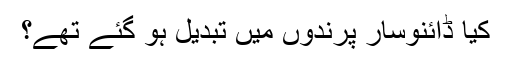
کیا ڈائنوسار پرندوں میں تبدیل ہو گئے تھے؟